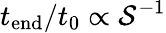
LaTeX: t_{\mathrm{end}}/t_{0}\propto\mathcal{S}^{-1}